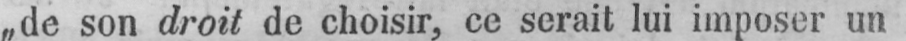
„de son droit de choisir, ce serait lui imposer un